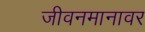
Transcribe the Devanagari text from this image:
जीवनमानावर